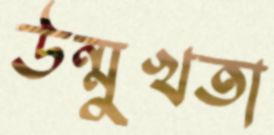
উন্মুখতা